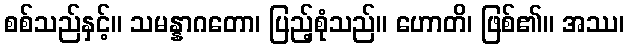
စစ်သည်နှင့်။ သမန္နာဂတော၊ ပြည့်စုံသည်။ ဟောတိ၊ ဖြစ်၏။ အဿ၊